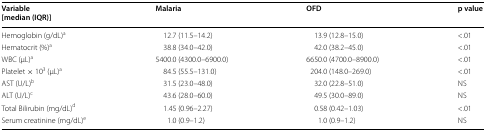
| Variable [median (IQR)] | Malaria | OFD | p value |
 | --- | --- | --- | --- |
 | Hemoglobin (g/dL)a | 12.7 (11.5–14.2) | 13.9 (12.8–15.0) | <.01 |
 | Hematocrit (%)a | 38.8 (34.0–42.0) | 42.0 (38.2–45.0) | <.01 |
 | WBC (μL)a | 5400.0 (4300.0–6900.0) | 6650.0 (4700.0–8900.0) | <.01 |
 | Platelet × 103 (μL)a | 84.5 (55.5–131.0) | 204.0 (148.0–269.0) | <.01 |
 | AST (U/L)b | 31.5 (23.0–48.0) | 32.0 (22.8–51.0) | NS |
 | ALT (U/L)c | 43.6 (28.0–60.0) | 49.5 (30.0–89.0) | NS |
 | Total Bilirubin (mg/dL)d | 1.45 (0.96–2.27) | 0.58 (0.42–1.03) | <.01 |
 | Serum creatinine (mg/dL)e | 1.0 (0.9–1.2) | 1.0 (0.9–1.2) | NS |